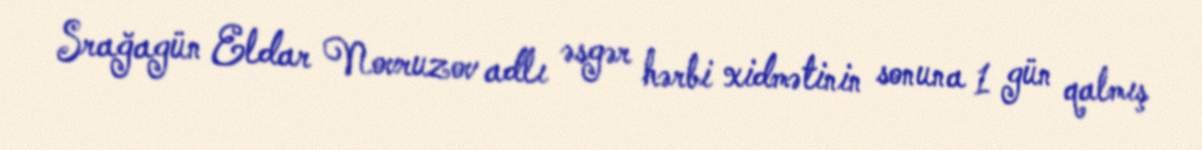
Srağagün Eldar Novruzov adlı əsgər hərbi xidmətinin sonuna 1 gün qalmış